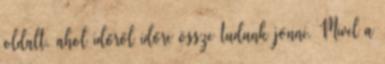
oldalt, ahol időről időre össze tudunk jönni. Mivel a